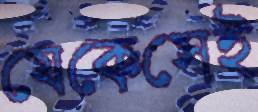
যেকেসেই